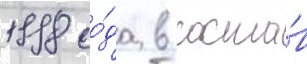
1998 го́да в соста́в